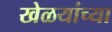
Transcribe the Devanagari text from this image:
खेळयांच्या